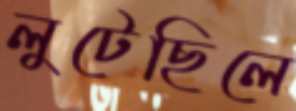
লুটেছিলে